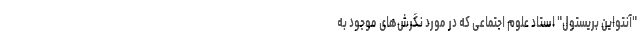
"آنتواین بریستول" استاد علوم اجتماعی که در مورد نگرش‌های موجود به